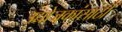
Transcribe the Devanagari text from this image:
उद्योजकांसाठी